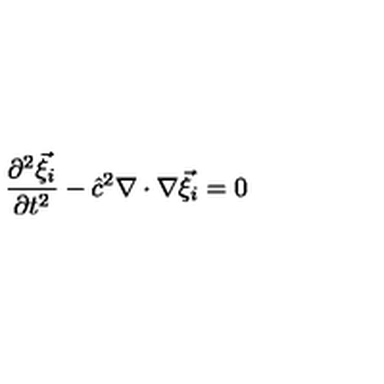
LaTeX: \frac { \partial ^ { 2 } { \vec { \xi } } _ { i } } { \partial t ^ { 2 } } - { \hat { c } } ^ { 2 } \nabla \cdot \nabla { \vec { \xi } } _ { i } = 0